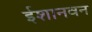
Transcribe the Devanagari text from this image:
ईशानवन